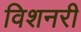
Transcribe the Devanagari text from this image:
विशनरी